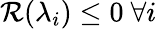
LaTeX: \mathcal{R}(\lambda_{i})\leq 0\ \forall i